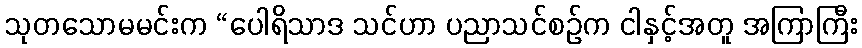
သုတသောမမင်းက “ပေါရိသာဒ သင်ဟာ ပညာသင်စဉ်က ငါနှင့်အတူ အကြာကြီး